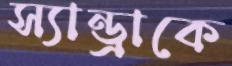
স্যান্ড্রাকে